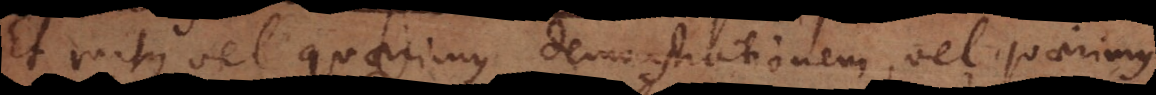
Et rursus vel quaerimus demonstrationem, vel quaerimus